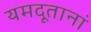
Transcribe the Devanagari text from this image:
यमदूतानां